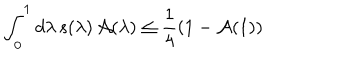
LaTeX: \int _ { 0 } ^ { 1 } d \lambda \, s ( \lambda ) \, \mathcal { A } ( \lambda ) \leq \frac { 1 } { 4 } ( 1 - \mathcal { A } ( 1 ) )